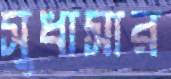
সুধাসার